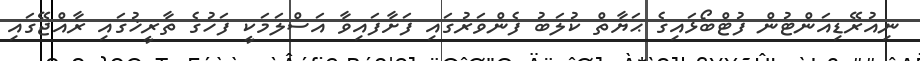
ނިއުރޭޑިއަންޓުން ފުޓްބޯޅައިގެ ޙަޔާތް ކުލަބު ފެންވަރުގައި ފަށާފައިވާ އަސްލަމަކީ ފަހުގެ ތާރީޚުގައި ރާއްޖޭގައި